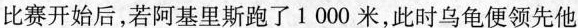
比赛开始后，若阿基里斯跑了1000米，此时乌龟便领先他